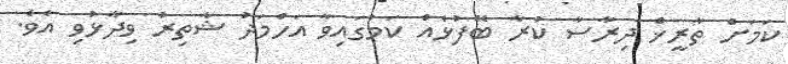
ކަމަށް ތާރީޚް ދިރާސާ ކުރާ ބޭފުޅެއް ކަމުގައިވާ އަހްމަދު ޝާތިރު ވިދާޅުވި އެވެ.